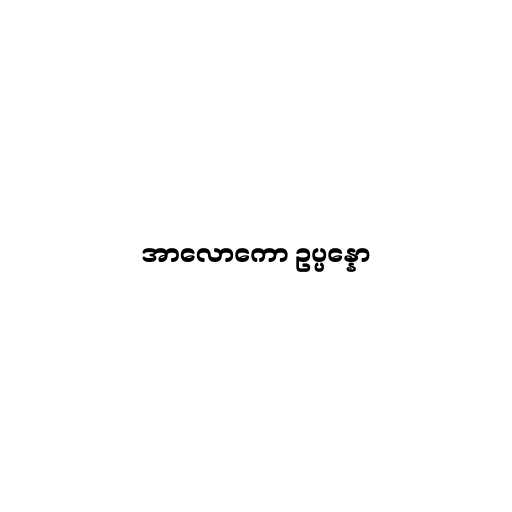
အာလောကော ဥပ္ပန္နော